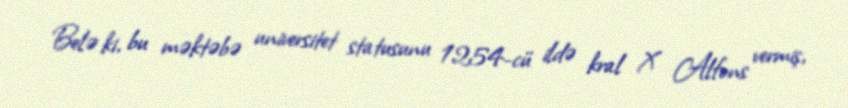
Belə ki, bu məktəbə universitet statusunu 1254-cü ildə kral X Alfons vermiş,